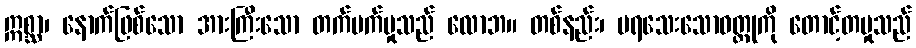
ဣစ္ဆာ၊ နောက်ဖြစ်သော အားကြီးသော တက်မက်မှုသည် လောဘ။ တစ်နည်း၊ မရသေးသောဝတ္ထုကို တောင့်တမှုသည်